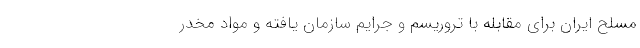
مسلح ایران برای مقابله با تروریسم و جرایم سازمان یافته و مواد مخدر